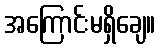
အကြောင်းမရှိချေ။